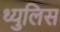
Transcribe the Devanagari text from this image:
थ्युलिस